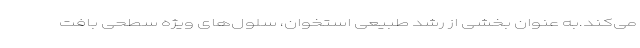
می‌کند.به عنوان بخشی از رشد طبیعی استخوان، سلول‌های ویژه سطحی بافت